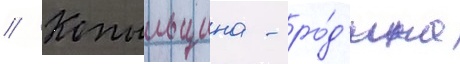
// Копыльщина - ро́д'ина